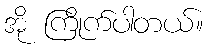
အို ကြိုက်ပါတယ်။